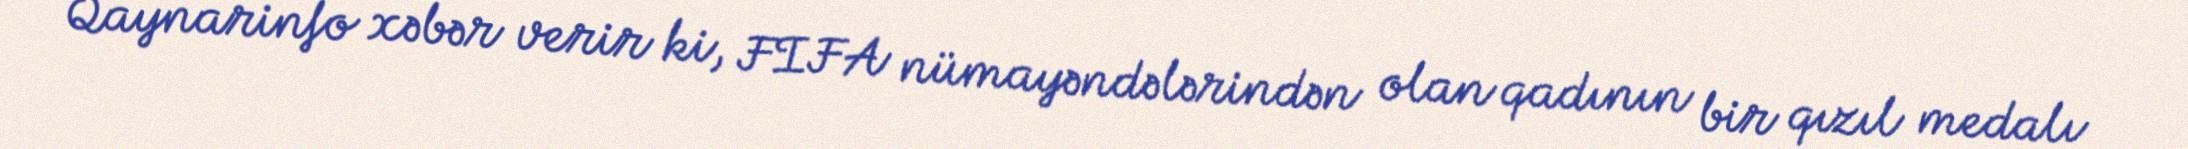
Qaynarinfo xəbər verir ki, FIFA nümayəndələrindən olan qadının bir qızıl medalı